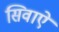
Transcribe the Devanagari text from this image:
सिवाऐ